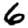
Digit: 6